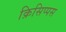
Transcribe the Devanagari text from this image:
क्रिसिप्पस